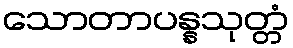
သောတာပန္နသုတ္တံ